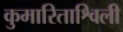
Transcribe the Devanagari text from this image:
कुमारिताश्विली